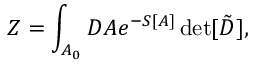
Z = \int _ { { \cal A } _ { 0 } } { \cal D } A e ^ { - S [ A ] } \operatorname * { d e t } [ \tilde { D } ] ,